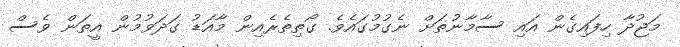
މަޖުދާ ހިފައިގެން އައި ސާމާނުތަށް ނެގުމުގައެވެ. ގޯތިތެރެއިން މާއަޑު ގަދަވުމުން އީތަން ވެސް